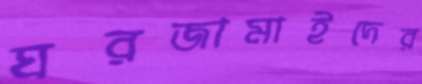
ঘরজামাইদের